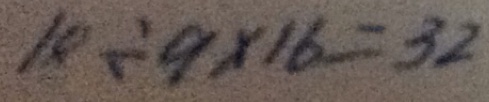
1 8 \div 9 \times 1 6 = 3 2